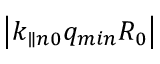
\left| k _ { \parallel n 0 } q _ { m i n } R _ { 0 } \right|